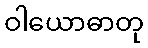
ဝါယောဓာတု